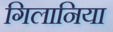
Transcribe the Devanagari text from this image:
गिलानिया